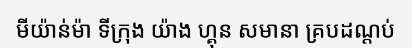
មីយ៉ាន់ម៉ា ទីក្រុង យ៉ាង ហ្គុន សមានា គ្របដណ្តប់